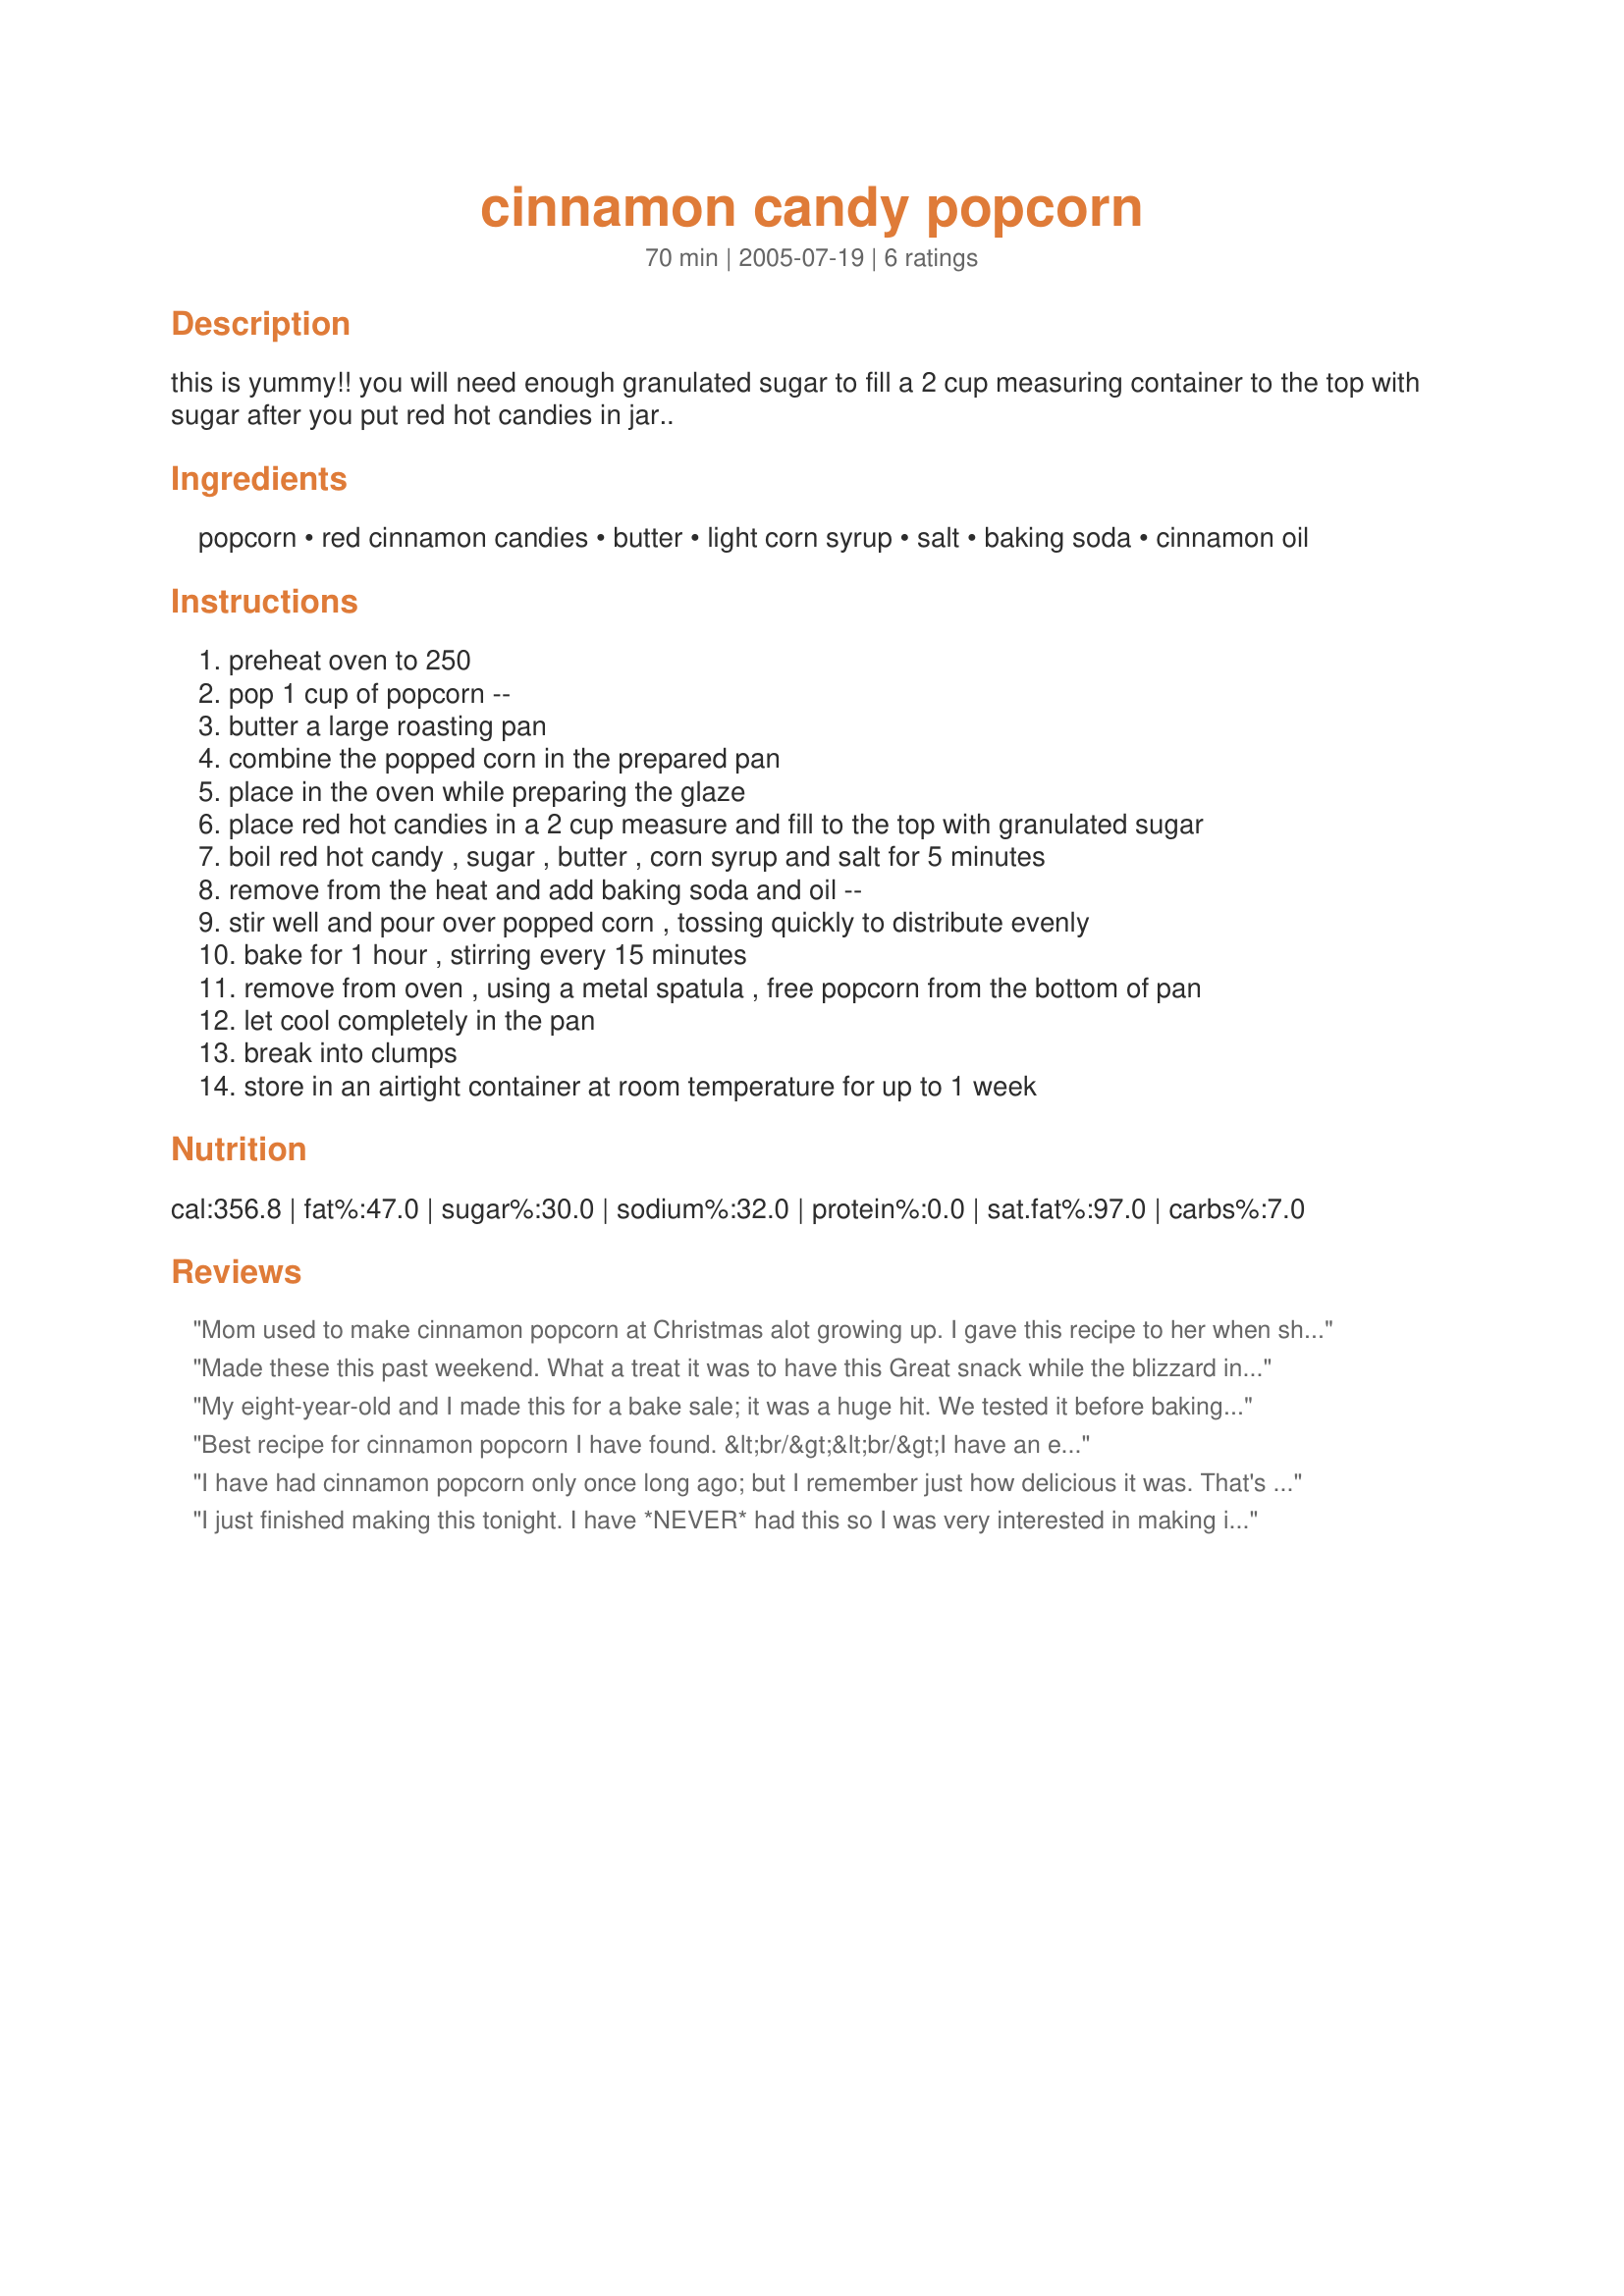
cinnamon candy popcorn
Preparation time: 70 minutes

this is yummy!! you will need enough granulated sugar to fill a 2 cup measuring container to the top with sugar after you put red hot candies in jar..

Ingredients:
popcorn, red cinnamon candies, butter, light corn syrup, salt, baking soda, cinnamon oil

Steps:
preheat oven to 250
pop 1 cup of popcorn --
butter a large roasting pan
combine the popped corn in the prepared pan
place in the oven while preparing the glaze
place red hot candies in a 2 cup measure and fill to the top with granulated sugar
boil red hot candy , sugar , butter , corn syrup and salt for 5 minutes
remove from the heat and add baking soda and oil --
stir well and pour over popped corn , tossing quickly to distribute evenly
bake for 1 hour , stirring every 15 minutes
remove from oven , using a metal spatula , free popcorn from the bottom of pan
let cool completely in the pan
break into clumps
store in an airtight container at room temperature for up to 1 week

Reviews:
Mom used to make cinnamon popcorn at Christmas alot growing up. I gave this recipe to her when she couldn't find hers. Came out fantastic! It is not soft and sticky at all like some others get. It is also a great recipe for our 10 year old to help with (except pouring over popcorn)!
Made these this past weekend. What a treat it was to have this Great snack while the blizzard in my area was going on. This is by no doubt a memorable popcorn! I used Hot Tamales because I couldn't find the red hots. I believe that the red hots may melt better because they are smaller in size than the Hot Tamales. The only complaint I have is that because the Hot Tamales didn't dissolve completely, they stick to your teeth. Otherwise, this is a perfect recipe and one I'll be making many more times for years to come. I also used regular cinnamon because I didn't have the cinnamon oil, but I will be investing in the oil soon. If anyone has made them with the red hots, please let me know if the melting and sticking to your teeth is an issue.
My eight-year-old and I made this for a bake sale; it was a huge hit. We tested it before baking it (we both couldn't resist), but it is a lot better after it has been baked, so don't skip that step.
Best recipe for cinnamon popcorn I have found. &lt;br/&gt;&lt;br/&gt;I have an electric cook top and use a medium setting (7) and I use a candy thermometer and take it to 300* or &quot;hard crack&quot;. &lt;br/&gt;&lt;br/&gt;So easy and it turns out perfect every time.
I have had cinnamon popcorn only once long ago; but I remember just how delicious it was. That's why I was excited about finding this recipe. <br/><br/>I followed the recipe exactly, and this popcorn was as wonderful as I remember. I took a batch to work to share and get feedback to see if it was something I should add to my holiday treat list. The red color was a bit off-putting to most it seemed. The bag sat on the break table for several hours before anyone actually tried it. But then person after person was tracking me down to tell me how remarkable the popcorn was. While it's not everyone's cup of tea, those who like it, love it! It is definitely now on my holiday list to share with those I really like.<br/><br/>Note: I asked my pharmacy to order me cinnamon oil. You can find it at some craft/candy supply stores, but it is more expensive buying that way as the vials of oil are tiny and approximately $3 each. I was able to get a full ounce of cinnamon oil from the pharmacy for $8, which will allow me to make quite a bit of cinnamon popcorn for the season at a reasonable price.<br/><br/>I really love this recipe and thank you for sharing it.
I just finished making this tonight. I have *NEVER* had this so I was very interested in making it. I have never made candy before, other than peanut clusters and fudge. For a candy novice--the directions were lacking some info that would have been helpful. Like what to boil the candy in? Or what temperature? To stir or not to stir was a question too. I figured it out but with much apprehension. It came out great, and will make my Christmas candy/ cookie gift list but I had to take a star away because of the missing directions. Thanks for a great new experience for me! The cinnamon popcorn is wonderful!
